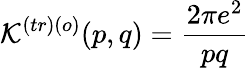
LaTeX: \mathcal{K}^{\left(tr\right)\left(o\right)}(p,q)=\frac{2\pi e^{2}}{pq}